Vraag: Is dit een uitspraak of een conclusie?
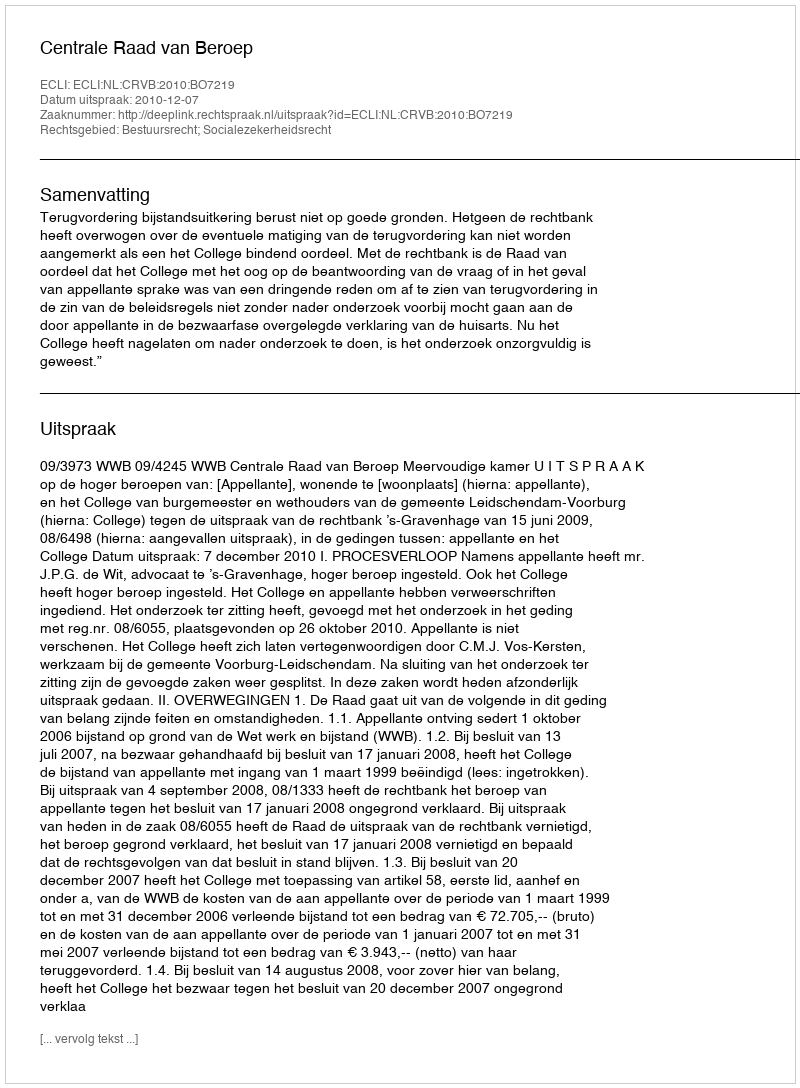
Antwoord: Uitspraak